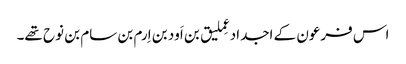
اس فرعون کے اجداد عِملیق بن اَود بن اِرم بن سام بن نوح تھے۔